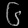
Digit: ၆